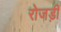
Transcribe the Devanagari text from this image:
रोजड़ी